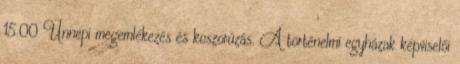
15.00 Ünnepi megemlékezés és koszorúzás. A történelmi egyházak képviselői